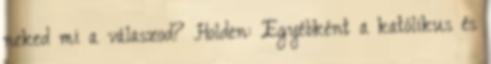
neked mi a válaszod? Holden: Egyébként a katólikus és